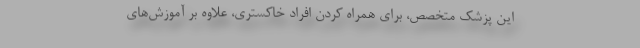
این پزشک متخصص، برای همراه کردن افراد خاکستری، علاوه بر آموزش‌های